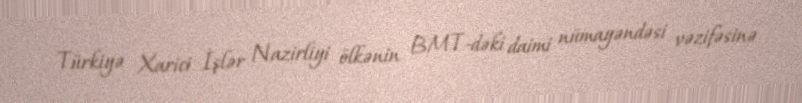
Türkiyə Xarici İşlər Nazirliyi ölkənin BMT-dəki daimi nümayəndəsi vəzifəsinə